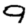
Digit: 9